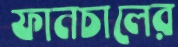
ফানচালের